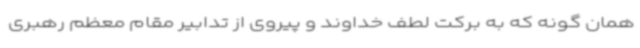
همان گونه که به برکت لطف خداوند و پیروی از تدابیر مقام معظم رهبری